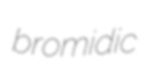
bromidic